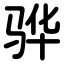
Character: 骅